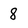
Character: 8